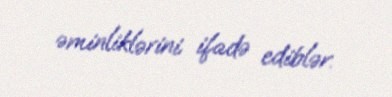
əminliklərini ifadə ediblər.